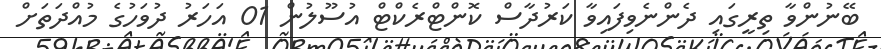
ބޭނުންވާ ތިރީގައި ދެންނެވިފައިވާ ކަރުދާސް ކޮންޓްރެކްޓް އުސޫލުން 01 އަހަރު ދުވަހުގެ މުއްދަތަށް